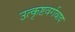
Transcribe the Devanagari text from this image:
उत्कृष्टवर्गवाद